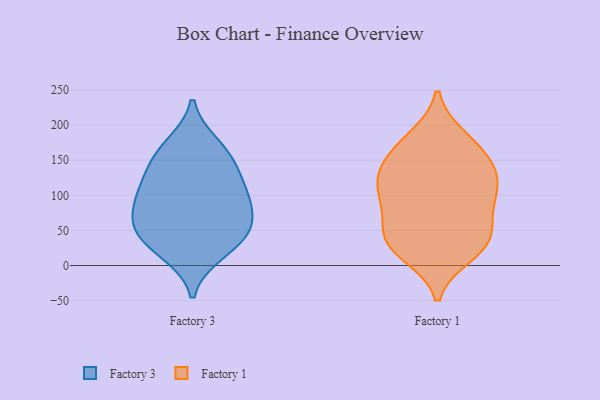
{"axis": {"x": "Population (Million)", "y": "Value"}, "legend": ["Factory 1", "Factory 3"], "data": [{"x": "", "y": 33, "type": "Factory 3"}, {"x": "", "y": 103, "type": "Factory 3"}, {"x": "", "y": 171, "type": "Factory 3"}, {"x": "", "y": 19, "type": "Factory 3"}, {"x": "", "y": 74, "type": "Factory 3"}, {"x": "", "y": 72, "type": "Factory 3"}, {"x": "", "y": 158, "type": "Factory 3"}, {"x": "", "y": 46, "type": "Factory 3"}, {"x": "", "y": 49, "type": "Factory 3"}, {"x": "", "y": 100, "type": "Factory 3"}, {"x": "", "y": 144, "type": "Factory 3"}, {"x": "", "y": 117, "type": "Factory 3"}, {"x": "", "y": 113, "type": "Factory 1"}, {"x": "", "y": 81, "type": "Factory 1"}, {"x": "", "y": 53, "type": "Factory 1"}, {"x": "", "y": 158, "type": "Factory 1"}, {"x": "", "y": 43, "type": "Factory 1"}, {"x": "", "y": 181, "type": "Factory 1"}, {"x": "", "y": 131, "type": "Factory 1"}, {"x": "", "y": 105, "type": "Factory 1"}, {"x": "", "y": 20, "type": "Factory 1"}, {"x": "", "y": 97, "type": "Factory 1"}, {"x": "", "y": 99, "type": "Factory 1"}, {"x": "", "y": 131, "type": "Factory 1"}, {"x": "", "y": 139, "type": "Factory 1"}, {"x": "", "y": 33, "type": "Factory 1"}, {"x": "", "y": 55, "type": "Factory 1"}, {"x": "", "y": 156, "type": "Factory 1"}, {"x": "", "y": 183, "type": "Factory 1"}, {"x": "", "y": 15, "type": "Factory 1"}, {"x": "", "y": 27, "type": "Factory 1"}]}